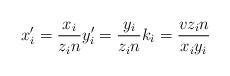
LaTeX: \begin{align*}x_i'=\frac{x_i}{z_in}y_i'=\frac{y_i}{z_in}k_i=\frac{vz_in}{x_iy_i}\end{align*}